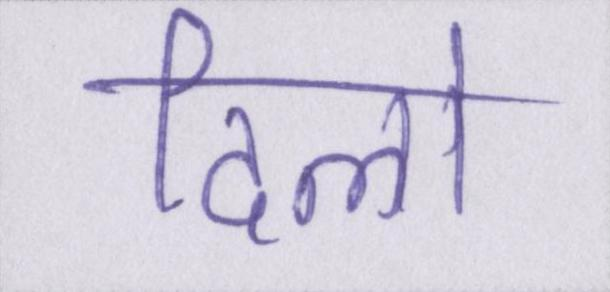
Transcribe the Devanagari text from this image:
दिलो